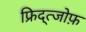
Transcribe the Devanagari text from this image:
फ्रिद्त्जोफ़